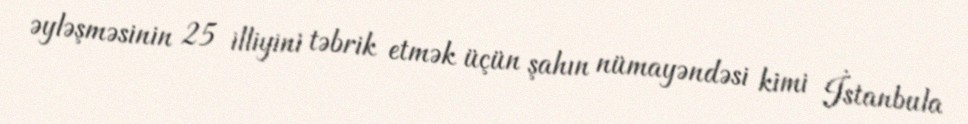
əyləşməsinin 25 illiyini təbrik etmək üçün şahın nümayəndəsi kimi İstanbula